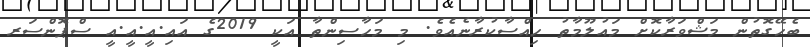
ބެހޭގޮތުން މަޝްވަރާކޮށް މައުލޫމާތު ހިއްސާކުރާނެއެވެ. މި މަހާސިންތާ އަކީ 2019ގެ އައި.އީ.އީ.އީ ސްޕޮންސަރ